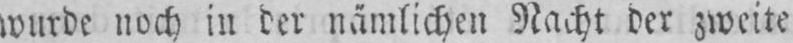
wurde noch in der nämlichen Nacht der zweite